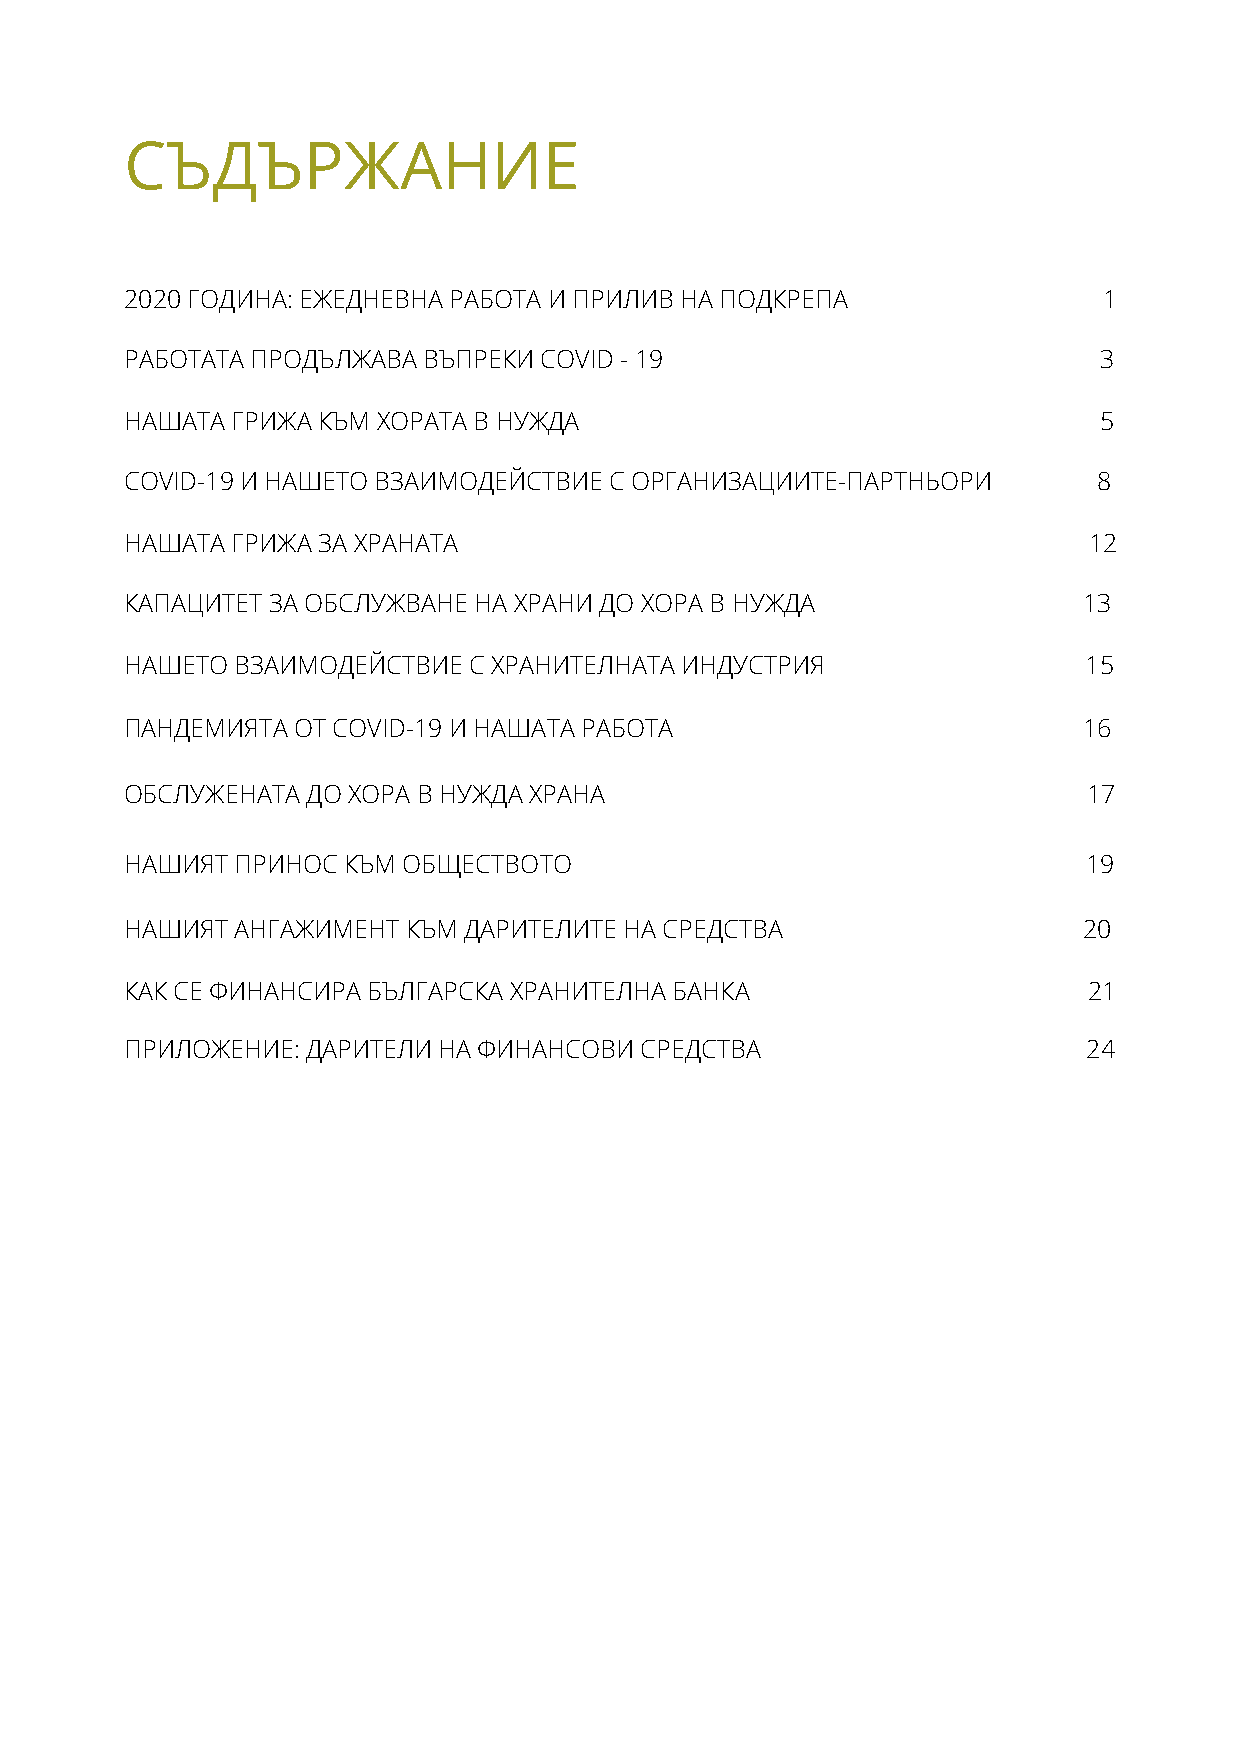
СЪДЪРЖАНИЕ
 2020 ГОДИНА: ЕЖЕДНЕВНА РАБОТА И ПРИЛИВ НА ПОДКРЕПА               1
 РАБОТАТА ПРОДЪЛЖАВА ВЪПРЕКИ COVID - 19                           3
 НАШАТА ГРИЖА КЪМ ХОРАТА В НУЖДА                                  5
 COVID-19 И НАШЕТО ВЗАИМОДЕЙСТВИЕ С ОРГАНИЗАЦИИТЕ-ПАРТНЬОРИ       8
 НАШАТА ГРИЖА ЗА ХРАНАТА                                         12
 КАПАЦИТЕТ ЗА ОБСЛУЖВАНЕ НА ХРАНИ ДО ХОРА В НУЖДА                13
 НАШЕТО  ВЗАИМОДЕЙСТВИЕ С ХРАНИТЕЛНАТА ИНДУСТРИЯ                 15
 ПАНДЕМИЯТА ОТ COVID-19 И НАШАТА РАБОТА                          16
 ОБСЛУЖЕНАТА ДО ХОРА В НУЖДА ХРАНА                               17
 НАШИЯТ  ПРИНОС КЪМ ОБЩЕСТВОТО                                   19
 НАШИЯТ  АНГАЖИМЕНТ КЪМ ДАРИТЕЛИТЕ НА СРЕДСТВА                   20
 КАК СЕ ФИНАНСИРА БЪЛГАРСКА ХРАНИТЕЛНА БАНКА                     21
 ПРИЛОЖЕНИЕ: ДАРИТЕЛИ НА ФИНАНСОВИ СРЕДСТВА                      24